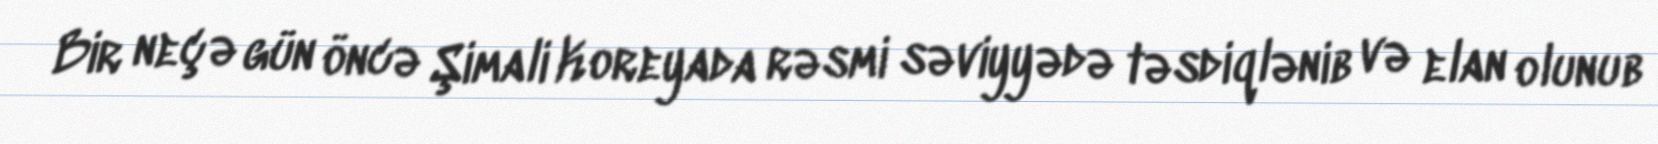
Bir neçə gün öncə Şimali Koreyada rəsmi səviyyədə təsdiqlənib və elan olunub